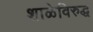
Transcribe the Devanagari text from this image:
शाळेविरुद्ध